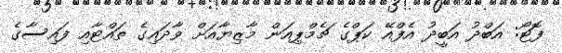
ފޮޓޯ: އަބްދު އަބީދު އެފްއޭ ކަޕްގެ ޗެމްޕިއަން މާޒިޔާއަށް ވާދައިގެ ތައްޓާއި ފައިސާގެ